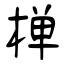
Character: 椫